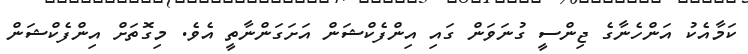
ކަމާއެކު އަންހެނާގެ ޖިންސީ ގުނަވަން ގައި އިންފެކްޝަން އަށަގަންނާތީ އެވެ. މިގޮތަށް އިންފެކްޝަން